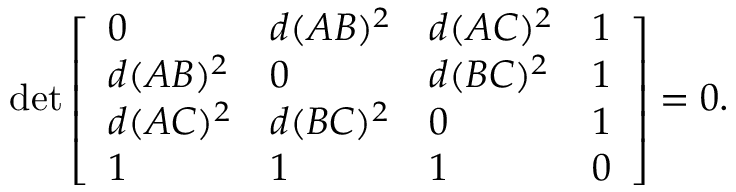
\operatorname* { d e t } { \left[ \begin{array} { l l l l } { 0 } & { d ( A B ) ^ { 2 } } & { d ( A C ) ^ { 2 } } & { 1 } \\ { d ( A B ) ^ { 2 } } & { 0 } & { d ( B C ) ^ { 2 } } & { 1 } \\ { d ( A C ) ^ { 2 } } & { d ( B C ) ^ { 2 } } & { 0 } & { 1 } \\ { 1 } & { 1 } & { 1 } & { 0 } \end{array} \right] } = 0 .